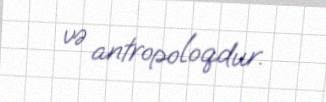
və antropoloqdur.